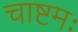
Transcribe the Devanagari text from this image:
चाष्टमः